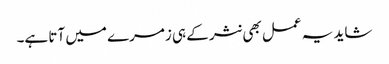
شاید یہ عمل بھی نثر کے ہی زمرے میں آتا ہے۔